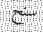
سنح